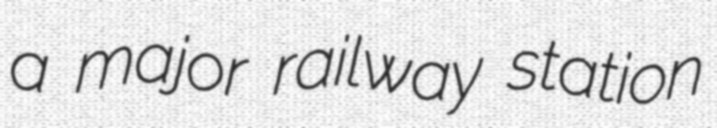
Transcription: a major railway station